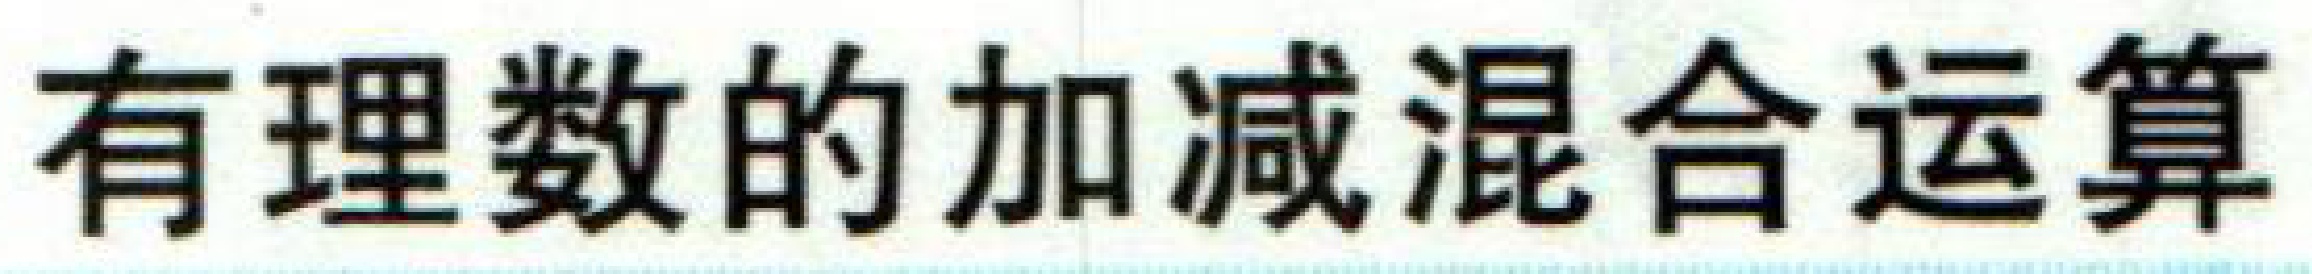
有理数的加减混合运算